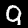
Label: 9